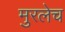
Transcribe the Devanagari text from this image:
मुरलेच